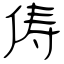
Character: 俦